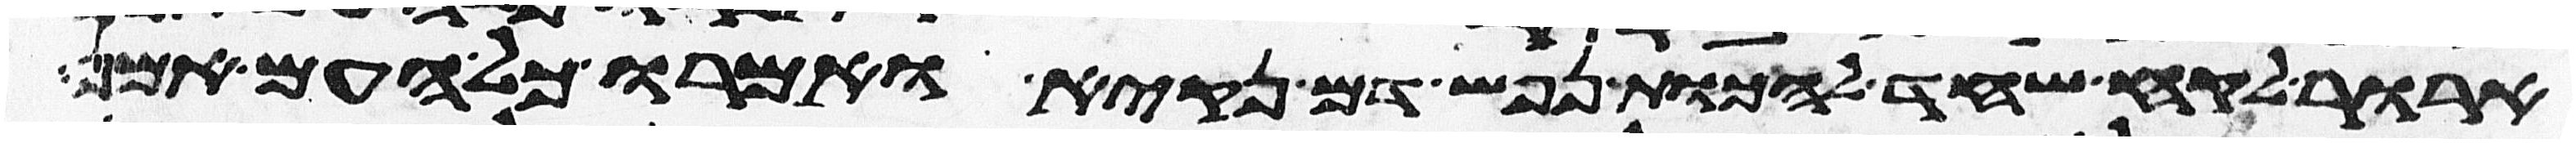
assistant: ארור לקח שחד להכות נפש דם נקיא ואמרו כל העם אמן